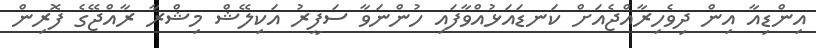
އިންޑިއާ އިން ދިވެހިރާއްޖެއަށް ކަނޑައަޅުއްވާފައި ހުންނަވާ ސަފީރު އަކިލޭޝް މިޝްރާ ރާއްޖޭގެ ފޮރިން